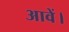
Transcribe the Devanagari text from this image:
आवें।